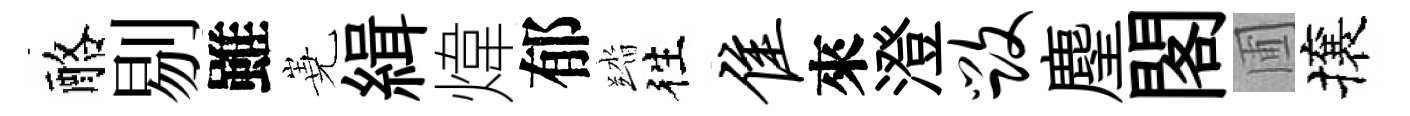
酪剔雖嶤緝煒郁踏徃隹來澄毁麈閣圃攘